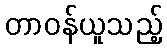
တာဝန်ယူသည့်